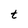
Character: t